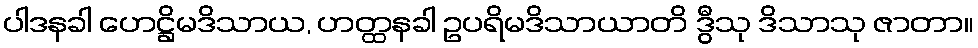
ပါဒနခါ ဟေဋ္ဌိမဒိသာယ, ဟတ္ထနခါ ဥပရိမဒိသာယာတိ ဒွီသု ဒိသာသု ဇာတာ။